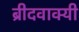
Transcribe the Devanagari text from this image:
ब्रीदवाक्यी